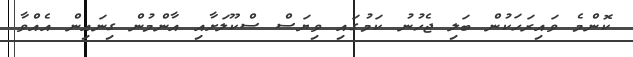
ކޮންމެ ވައިރަހަކުން ބަލި ޖެހުނު ކަމުގައި ވިޔަސް ސްކޫލަށާއި އާންމުން ގިނައިން އެއްވާ